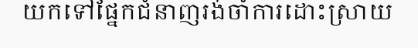
យកទៅផ្នែកជំនាញរង់ចាំការដោះស្រាយ